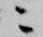
ニ